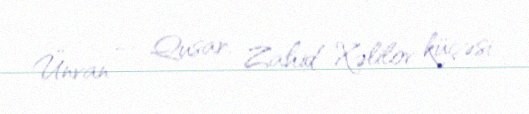
Ünvan — Qusar, Zahid Xəlilov küçəsi